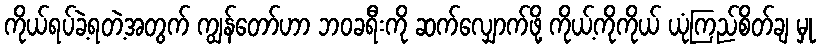
ကိုယ်ရပ်ခဲ့ရတဲ့အတွက် ကျွန်တော်ဟာ ဘဝခရီးကို ဆက်လျှောက်ဖို့ ကိုယ့်ကိုကိုယ် ယုံကြည်စိတ်ချ မှု